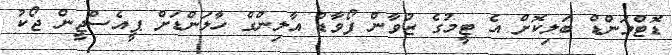
ޑޮޓްމަންޑް ބަލިކޮށް އެ ޓީމުގެ ޒުވާން ފޯވާޑް އާލިންގް ހާލަންޑަށް ޕީއެސްޖީން ޖޯކު